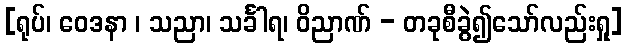
[ရုပ်၊ ဝေဒနာ ၊ သညာ၊ သင်္ခါရ၊ ဝိညာဏ် - တခုစီခွဲ၍သော်လည်းရှု]